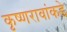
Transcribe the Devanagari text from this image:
कृष्णरावांकडे